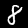
Label: 8